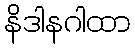
နိဒါနဂါထာ